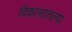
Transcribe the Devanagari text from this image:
विकासातल्या